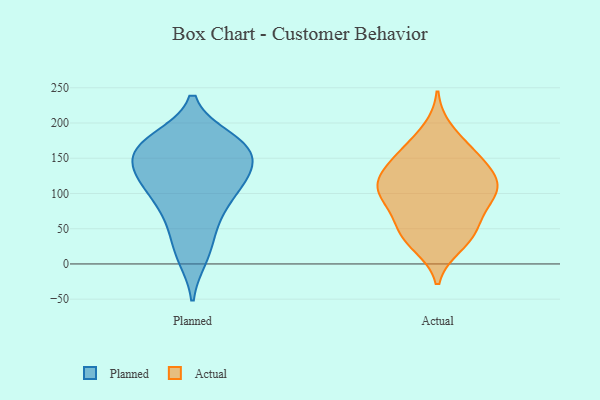
{"axis": {"x": "Production Output", "y": "Value"}, "legend": ["Actual", "Planned"], "data": [{"x": "", "y": 154, "type": "Planned"}, {"x": "", "y": 120, "type": "Planned"}, {"x": "", "y": 87, "type": "Planned"}, {"x": "", "y": 51, "type": "Planned"}, {"x": "", "y": 10, "type": "Planned"}, {"x": "", "y": 168, "type": "Planned"}, {"x": "", "y": 117, "type": "Planned"}, {"x": "", "y": 166, "type": "Planned"}, {"x": "", "y": 172, "type": "Planned"}, {"x": "", "y": 177, "type": "Planned"}, {"x": "", "y": 128, "type": "Planned"}, {"x": "", "y": 60, "type": "Planned"}, {"x": "", "y": 163, "type": "Planned"}, {"x": "", "y": 135, "type": "Planned"}, {"x": "", "y": 106, "type": "Planned"}, {"x": "", "y": 136, "type": "Planned"}, {"x": "", "y": 16, "type": "Planned"}, {"x": "", "y": 91, "type": "Planned"}, {"x": "", "y": 170, "type": "Planned"}, {"x": "", "y": 161, "type": "Actual"}, {"x": "", "y": 26, "type": "Actual"}, {"x": "", "y": 61, "type": "Actual"}, {"x": "", "y": 99, "type": "Actual"}, {"x": "", "y": 61, "type": "Actual"}, {"x": "", "y": 119, "type": "Actual"}, {"x": "", "y": 123, "type": "Actual"}, {"x": "", "y": 108, "type": "Actual"}, {"x": "", "y": 109, "type": "Actual"}, {"x": "", "y": 88, "type": "Actual"}, {"x": "", "y": 132, "type": "Actual"}, {"x": "", "y": 97, "type": "Actual"}, {"x": "", "y": 163, "type": "Actual"}, {"x": "", "y": 38, "type": "Actual"}, {"x": "", "y": 31, "type": "Actual"}, {"x": "", "y": 139, "type": "Actual"}, {"x": "", "y": 50, "type": "Actual"}, {"x": "", "y": 99, "type": "Actual"}, {"x": "", "y": 190, "type": "Actual"}, {"x": "", "y": 153, "type": "Actual"}]}